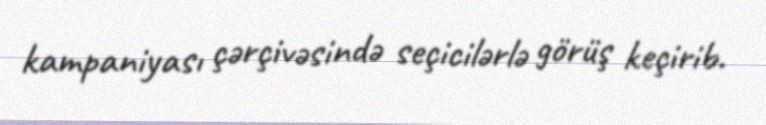
kampaniyası çərçivəsində seçicilərlə görüş keçirib.